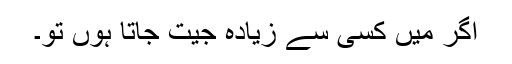
اگر میں کسی سے زیادہ جیت جاتا ہوں تو۔